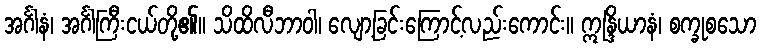
အင်္ဂါနံ၊ အင်္ဂါကြီးငယ်တို့၏။ သိထိလီဘာဝါ၊ လျော့ခြင်းကြောင့်လည်းကောင်း။ ဣန္ဒြိယာနံ၊ စက္ခုစသော